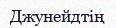
Джунейдтің